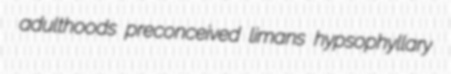
adulthoods preconceived limans hypsophyllary